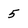
Character: 5